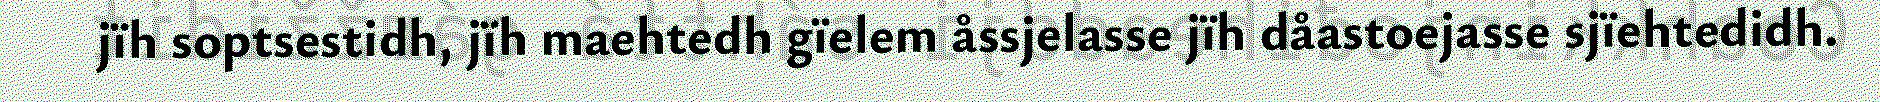
jïh soptsestidh, jïh maehtedh gïelem åssjelasse jïh dåastoejasse sjïehtedidh.